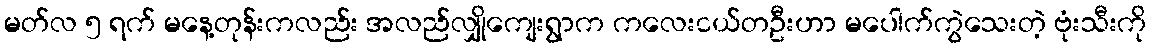
မတ်လ ၅ ရက် မနေ့တုန်းကလည်း အလည်လျှိုကျေးရွာက ကလေးငယ်တဦးဟာ မပေါက်ကွဲသေးတဲ့ ဗုံးသီးကို